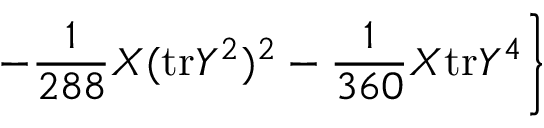
\left. - \frac { 1 } { 2 8 8 } X ( \mathrm { t r } Y ^ { 2 } ) ^ { 2 } - \frac { 1 } { 3 6 0 } X \mathrm { t r } Y ^ { 4 } \right\}